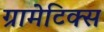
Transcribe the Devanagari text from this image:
ग्रामेटिक्स